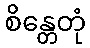
စိန္တေတုံ